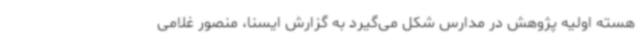
هسته اولیه پژوهش در مدارس شکل می‌گیرد به گزارش ایسنا، منصور غلامی